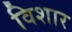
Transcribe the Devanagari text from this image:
विशार